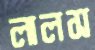
লালস